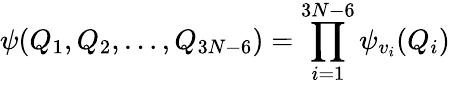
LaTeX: \psi(Q_{1},Q_{2},\ldots,Q_{3N-6})=\prod_{i=1}^{3N-6}\psi_{v_{i}}(Q_{i})